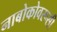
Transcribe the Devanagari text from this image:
नाबोकोवरूसी